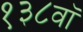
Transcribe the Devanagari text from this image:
१३८वॉ